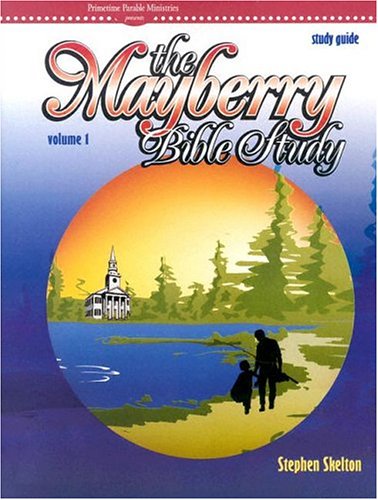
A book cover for Mayberry Bible Study Guide: Vol 1; skelton stephen; Christian Books & Bibles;